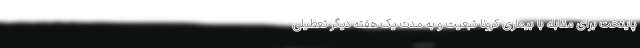
پایتخت برای مقابله با بیماری کرونا تبعیت و به مدت یک هفته دیگر تعطیلی